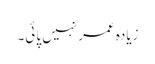
زیادہ عمر نہیں پائی۔